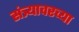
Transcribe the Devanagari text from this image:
संत्र्यावरच्या